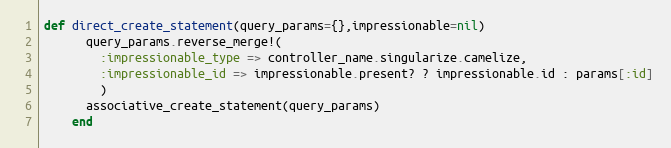
Language: Ruby
def direct_create_statement(query_params={},impressionable=nil)
      query_params.reverse_merge!(
        :impressionable_type => controller_name.singularize.camelize,
        :impressionable_id => impressionable.present? ? impressionable.id : params[:id]
        )
      associative_create_statement(query_params)
    end